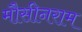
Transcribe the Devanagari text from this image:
मौसीनराम